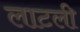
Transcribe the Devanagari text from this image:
लाटली